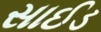
સાઈડ